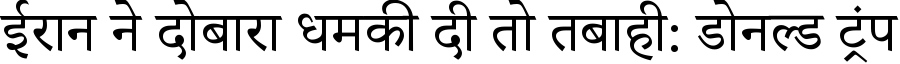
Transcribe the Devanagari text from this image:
ईरान ने दोबारा धमकी दी तो तबाही: डोनल्ड ट्रंप